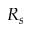
R _ { s }